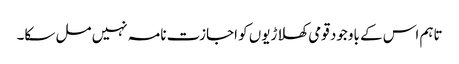
تاہم اس کے باوجود قومی کھلاڑیوں کو اجازت نامہ نہیں مل سکا۔